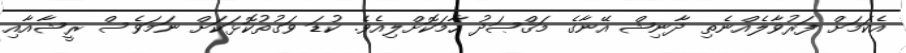
އެކަމަށް ފަރުވާލެއްނެތި ދާނިޝް އޭނާގެ މަޤްޞަދު ހާމަކޮށްލިއެވެ. ކުޑަ ވަގުތުކޮޅަކަށް ނަމަވެސް ރީޝާއާއި